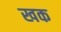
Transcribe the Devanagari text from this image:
खक